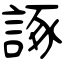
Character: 諑